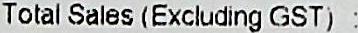
TOTAL SALES (EXCLUDING GST) :